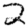
Digit: 2